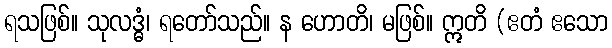
ရသဖြစ်။ သုလဒ္ဓံ၊ ရတော်သည်။ န ဟောတိ၊ မဖြစ်။ ဣတိ (ဧတံ ဧသော